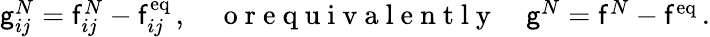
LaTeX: \begin{array}{r}{\mathsf{g}_{ij}^{N}=\mathsf{f}_{ij}^{N}-\mathsf{f}_{ij}^{\mathrm{eq}}\, ,\quad\mathrm{~o~r~e~q~u~i~v~a~l~e~n~t~l~y~}\quad\mathsf{g}^{N}=\mathsf{f}^{N}-\mathsf{f}^{\mathrm{eq}}\, .}\end{array}